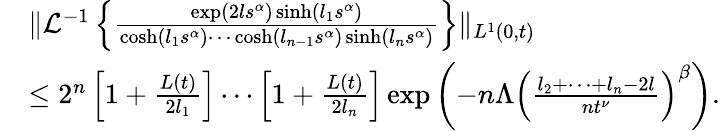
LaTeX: \begin{array}{rl}&{\| \mathcal{L}^{-1}\left\{ \frac{\exp(2ls^{\alpha})\sinh(l_{1}s^{\alpha})}{\cosh(l_{1}s^{\alpha})\cdots\cosh(l_{n-1}s^{\alpha})\sinh(l_{n}s^{\alpha})}\right\} \| _{L^{1}(0,t)}}\\ &{\leq 2^{n}\left[1+\frac{L(t)}{2l_{1}}\right]\cdots\left[1+\frac{L(t)}{2l_{n}}\right]\exp\left(-n\Lambda\left(\frac{l_{2}+\cdots+l_{n}-2l}{nt^{\nu}}\right)^{\beta}\right).}\end{array}